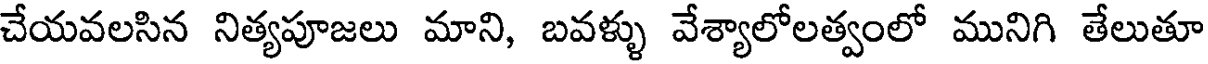
చేయవలసిన నిత్యపూజలు మాని, బవళ్ళు వేశ్యాలోలత్వంలో మునిగి తేలుతూ